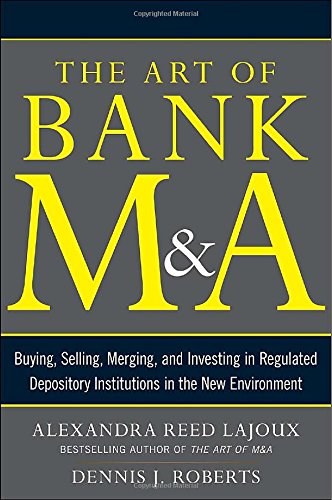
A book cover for The Art of Bank M&A: Buying, Selling, Merging, and Investing in Regulated Depository Institutions in the New Environment (The Art of M&A Series); Alexandra R. Lajoux; Business & Money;